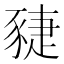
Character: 䝊